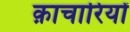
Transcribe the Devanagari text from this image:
क़ाचारियों